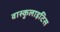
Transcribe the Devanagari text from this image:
वास्कुलाइटिस